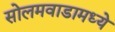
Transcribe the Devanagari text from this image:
सोलमवाडामध्ये